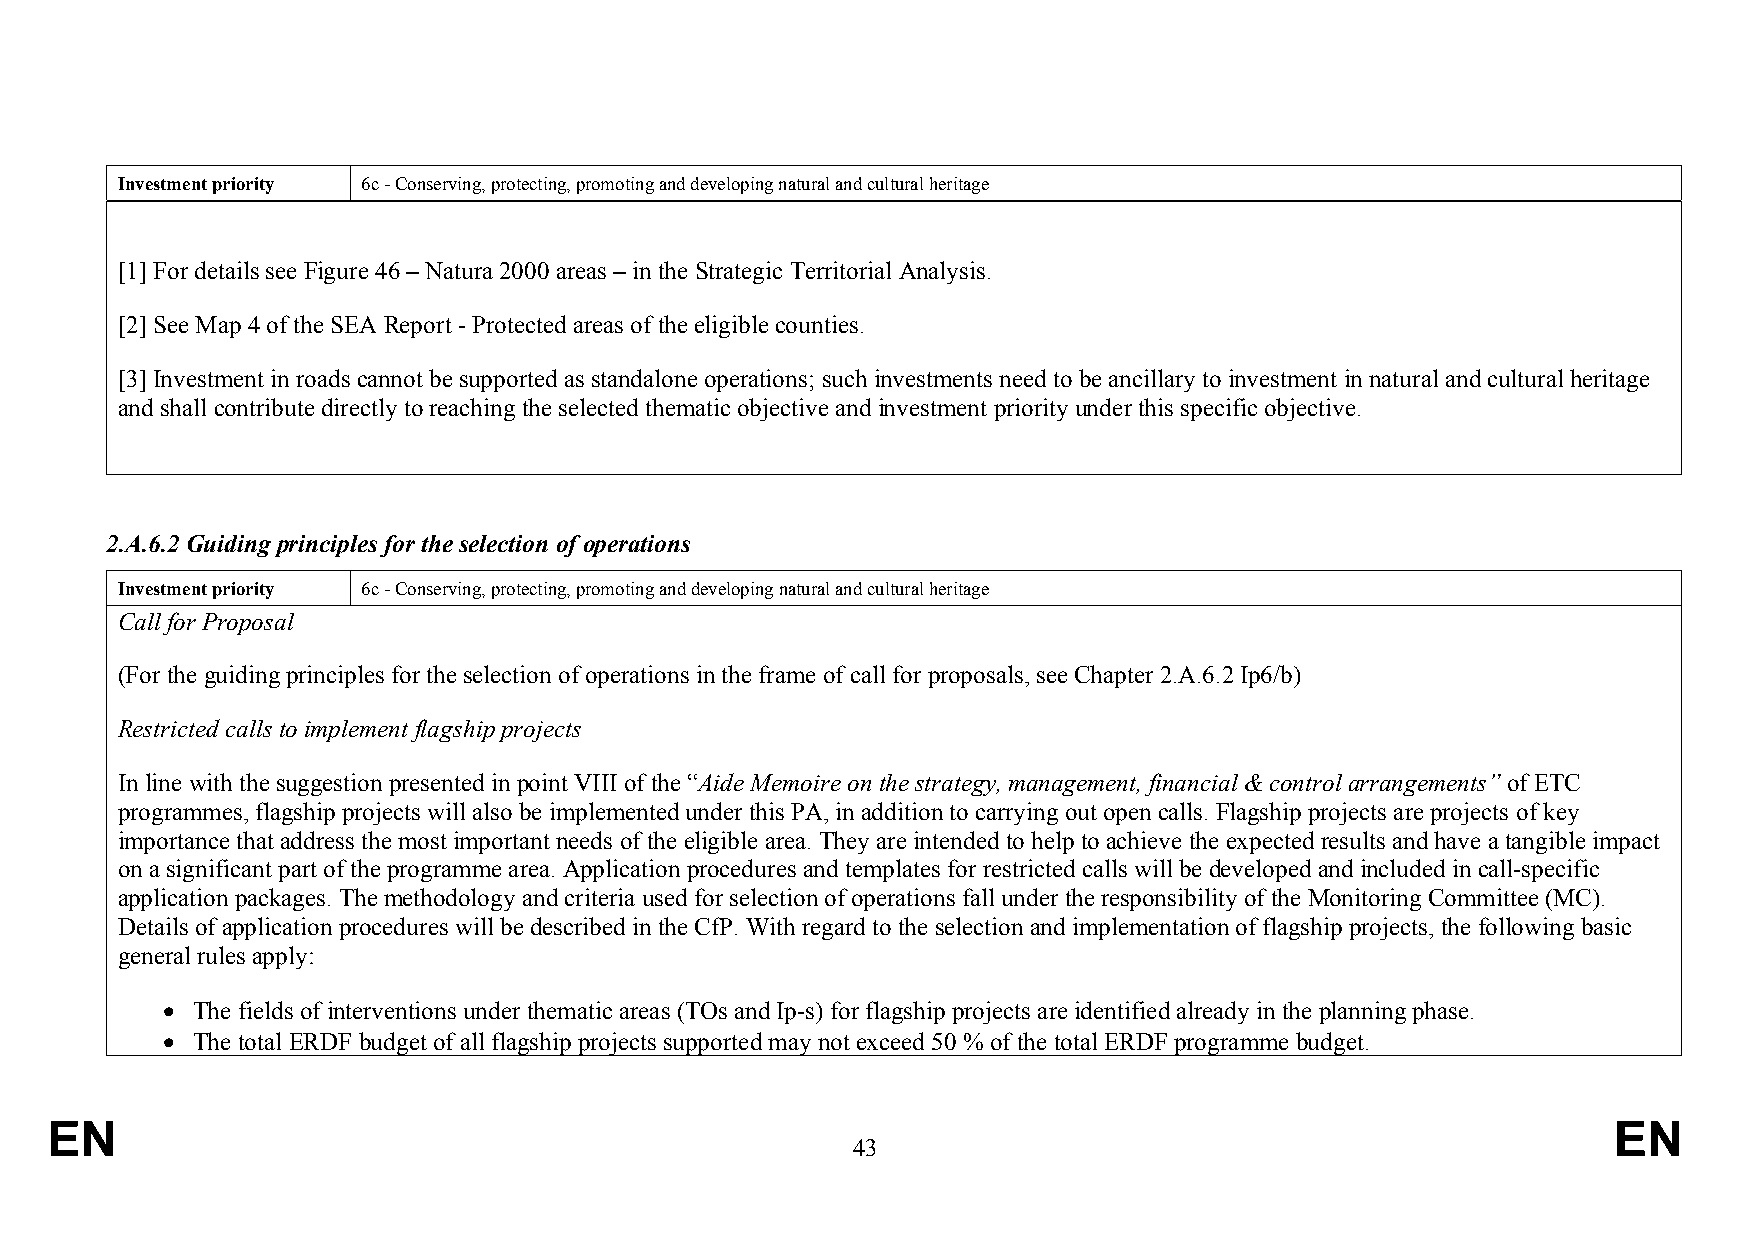
Investment priority 6c - Conserving, protecting, promoting and developing natural and cultural heritage
 [1] For details see Figure 46 – Natura 2000 areas – in the Strategic Territorial Analysis.
 [2] See Map 4 of the SEA Report - Protected areas of the eligible counties.
 [3] Investment in roads cannot be supported as standalone operations; such investments need to be ancillary to investment in natural and cultural heritage
 and shall contribute directly to reaching the selected thematic objective and investment priority under this specific objective.
 2.A.6.2 Guiding principles for the selection of operations
 Investment priority 6c - Conserving, protecting, promoting and developing natural and cultural heritage
 Call for Proposal
 (For the guiding principles for the selection of operations in the frame of call for proposals, see Chapter 2.A.6.2 Ip6/b)
 Restricted calls to implement flagship projects
 In line with the suggestion presented in point VIII of the “Aide Memoire on the strategy, management, financial & control arrangements” of ETC
 programmes, flagship projects will also be implemented under this PA, in addition to carrying out open calls. Flagship projects are projects of key
 importance that address the most important needs of the eligible area. They are intended to help to achieve the expected results and have a tangible impact
 on a significant part of the programme area. Application procedures and templates for restricted calls will be developed and included in call-specific
 application packages. The methodology and criteria used for selection of operations fall under the responsibility of the Monitoring Committee (MC).
 Details of application procedures will be described in the CfP. With regard to the selection and implementation of flagship projects, the following basic
 general rules apply:
  The fields of interventions under thematic areas (TOs and Ip-s) for flagship projects are identified already in the planning phase.
  The total ERDF budget of all flagship projects supported may not exceed 50 % of the total ERDF programme budget.
 EN                                                                                                      EN
 43